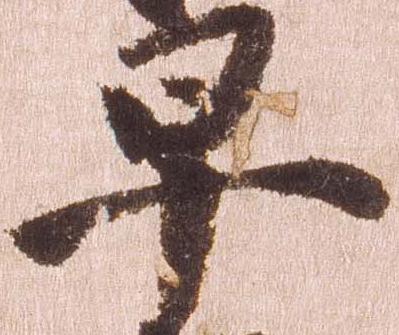
早